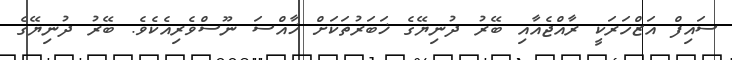
ސައިފް އަޒްހަރަކީ ރާއްޖެއާއި ބޭރު ދުނިޔޭގެ ޚަބަރުތަކަށް ޚާއްސަ ނޫސްވެރިއެކެވެ. ބޭރު ދުނިޔޭގެ